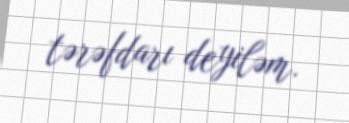
tərəfdarı deyiləm.